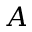
A